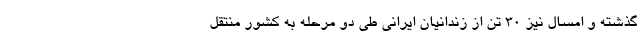
گذشته و امسال نیز ۳۰ تن از زندانیان ایرانی طی دو مرحله به کشور منتقل